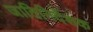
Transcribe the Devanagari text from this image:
जातिनिर्देशक